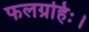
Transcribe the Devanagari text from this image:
फलग्रहिः।